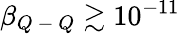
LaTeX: \beta_{Q\mathrm{~-~}Q}\gtrsim 10^{-11}